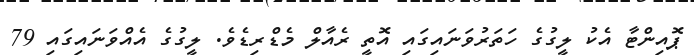
ޕޮއިންޓާ އެކު ލީގުގެ ހަތަރުވަނައިގައި އޮތީ ރެއާލް މެޑްރިޑެވެ. ލީގުގެ އެއްވަނައިގައި 79